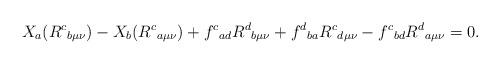
LaTeX: \begin{align*}X_{a}(R^{c}{}_{b \mu \nu}) - X_{b}(R^{c}{}_{a \mu \nu}) + f^{c}{}_{ad}R^{d}{}_{b \mu \nu} + f^{d}{}_{b a}R^{c}{}_{d \mu \nu} - f^{c}{}_{bd}R^{d}{}_{a \mu \nu} = 0.\end{align*}